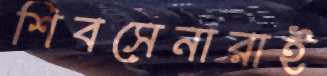
শিবসেনারাই